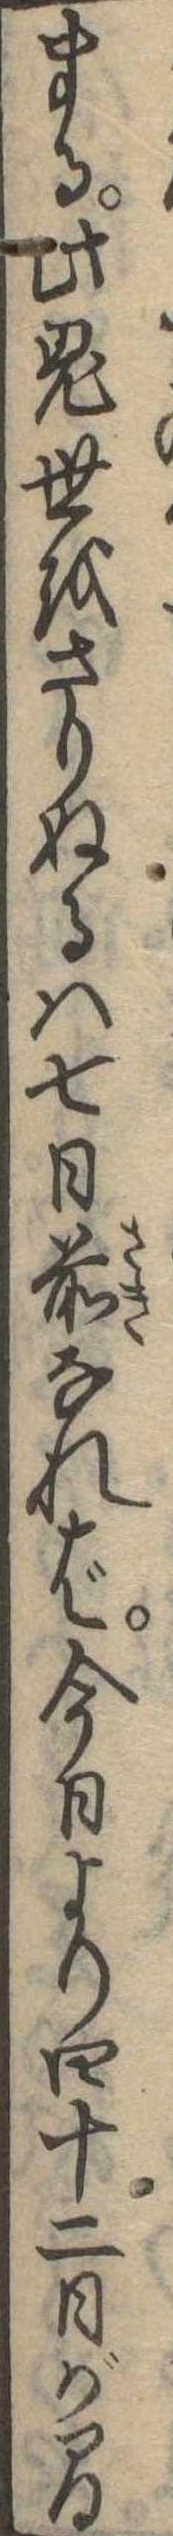
まる此鬼世をさりぬるは七日前なれば今日より四十二日が間